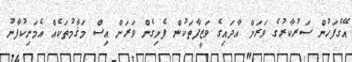
އޭގެފަހުން ސަރުކާރުގެ ވަރަށް އާދައިގެ ވަޒީފާތަކުން ފެށިގެން ވަރަށް އިސް މަޤާމުތަކެއް އެމަނިކުފާނު